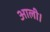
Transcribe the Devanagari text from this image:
आली।